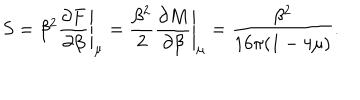
S = \beta ^ { 2 } \left. { \frac { \partial F } { \partial \beta } } \right| _ { \mu } = { \frac { \beta ^ { 2 } } { 2 } } \left. { \frac { \partial M } { \partial \beta } } \right| _ { \mu } = { \frac { \beta ^ { 2 } } { 1 6 \pi ( 1 - 4 \mu ) } } .